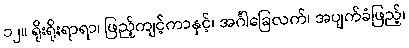
၁၂။ ရိုးရိုးရာရာ၊ ဖြည့်ကျင့်ကာနှင့်၊ အင်္ဂါခြေလက်၊ အပျက်ခံဖြည့်၊